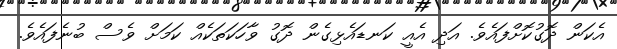
އެކަން ދޮގުކޮށްފައެވެ. އަދި އެއީ ކަނޑައެޅިގެން ދޮގު ވާހަކަތަކެއް ކަމަށް ވެސް ބުނެފައެވެ.